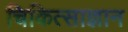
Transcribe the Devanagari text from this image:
चिकित्साज्ञान